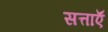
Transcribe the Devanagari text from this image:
सत्ताऍं